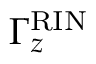
\Gamma _ { z } ^ { \mathrm { R I N } }